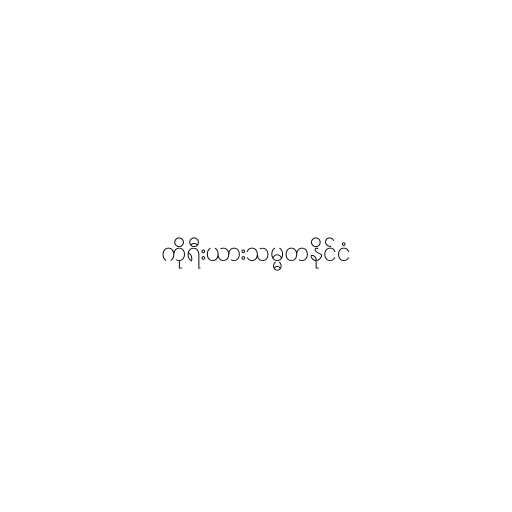
ကိုရီးယားသမ္မတနိုင်ငံ